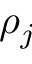
\rho _ { j }